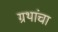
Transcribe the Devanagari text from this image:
ग्रथांचा